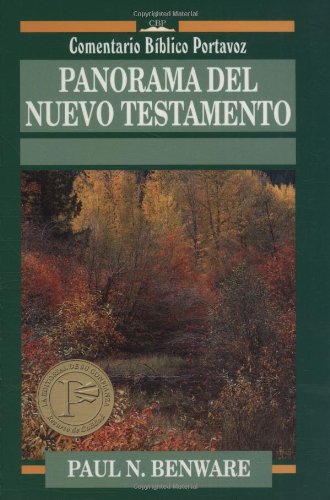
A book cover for Panorama del Nuevo Testamento (Comentario BÃ­blico Portavoz) (Spanish Edition); Paul Benware; Christian Books & Bibles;